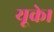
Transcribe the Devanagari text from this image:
यूके।